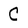
Character: C